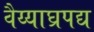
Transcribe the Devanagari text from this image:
वैय्याघ्रपद्य